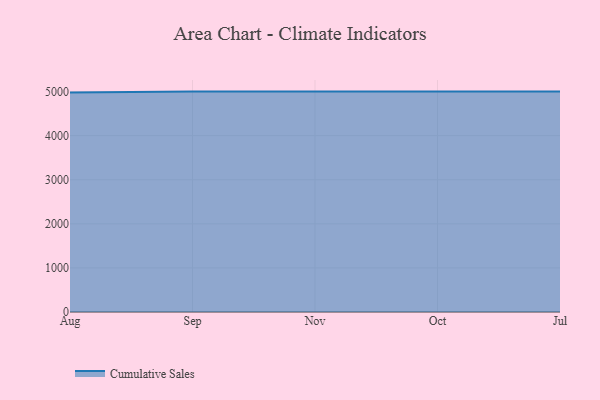
{"axis": {"x": "Month", "y": "Headcount"}, "legend": ["Cumulative Sales"], "data": [{"x": "Aug", "y": 4979.5, "type": "Cumulative Sales"}, {"x": "Sep", "y": 5000, "type": "Cumulative Sales"}, {"x": "Nov", "y": 5000, "type": "Cumulative Sales"}, {"x": "Oct", "y": 5000, "type": "Cumulative Sales"}, {"x": "Jul", "y": 5000, "type": "Cumulative Sales"}]}